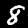
Label: 8